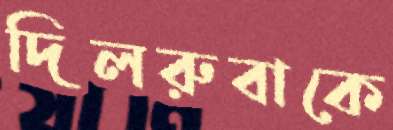
দিলরুবাকে